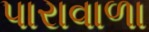
પારાવાળા